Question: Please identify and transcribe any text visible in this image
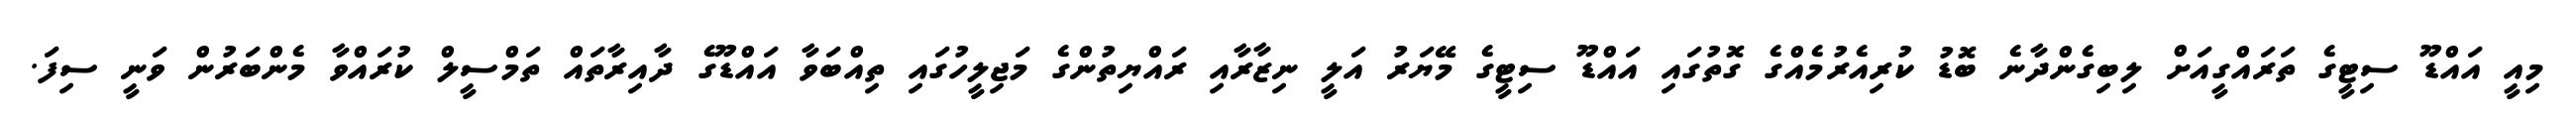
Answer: މިއީ އައްޑޫ ސިޓީގެ ތަރައްގީއަށް ލިބިގެންދާނެ ބޮޑު ކުރިއެރުމެއްގެ ގޮތުގައި އައްޑޫ ސިޓީގެ މޭޔަރު އަލީ ނިޒާރާއި ރައްޔިތުންގެ މަޖިލީހުގައި ތިއްބަވާ އައްޑޫގެ ދާއިރާތައް ތަމްސީލް ކުރައްވާ މެންބަރުން ވަނީ ސިފަ.